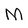
Character: M